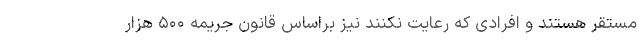
مستقر هستند و افرادی که رعایت نکنند نیز براساس قانون جریمه ۵۰۰ هزار